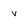
Character: v